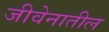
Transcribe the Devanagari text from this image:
जीवेनातील